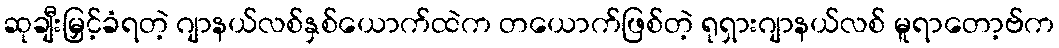
ဆုချီးမြှင့်ခံရတဲ့ ဂျာနယ်လစ်နှစ်ယောက်ထဲက တယောက်ဖြစ်တဲ့ ရုရှားဂျာနယ်လစ် မူရာတော့ဗ်က